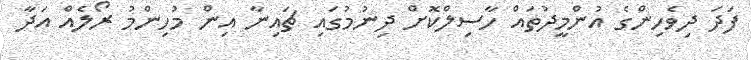
ފަދަ ދިވެހިންގެ އުންމީދުތައް ހާސިލްކޮށް ދިނުމުގައި ޗައިނާ އިން މުހިންމު ރޯލެއް އަދާ